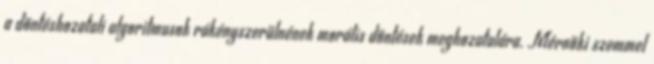
a döntéshozatali algoritmusok rákényszerülnének morális döntések meghozatalára. Mérnöki szemmel